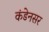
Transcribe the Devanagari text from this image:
कंडेनसर